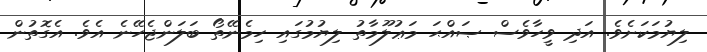
ލިޔުމަކަށެވެ. އަދި ވީހާވެސް ޞައްޙަ މަޢުލޫމާތު ލިޔުމުގައި ހިމެނޭތޯ ބަލަންޖެހޭނެ އެވެ. އެގޮތުން